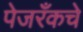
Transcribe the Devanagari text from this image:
पेजरँकचे